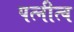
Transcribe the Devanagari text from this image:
पत्नीत्व